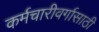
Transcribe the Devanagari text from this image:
कर्मचारीवर्गासाठी